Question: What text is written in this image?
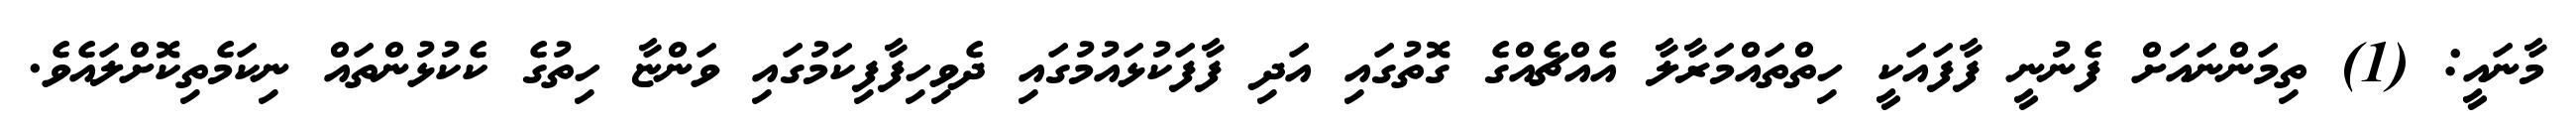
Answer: މާނައީ: (1) ތިމަންނައަށް ފެނުނީ ފާފައަކީ ހިތްތައްމަރާލާ އެއްޗެއްގެ ގޮތުގައި އަދި ފާފަކުޅައުމުގައި ދެވިހިފާފިކަމުގައި ވަންޏާ ހިތުގެ ކެކުޅުންތައް ނިކަމެތިކޮށްލައެވެ.